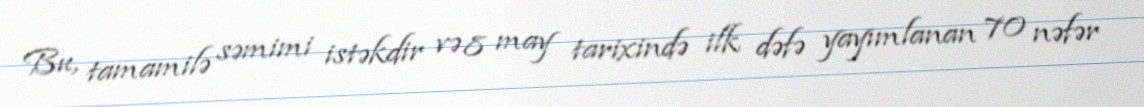
Bu, tamamilə səmimi istəkdir və 8 may tarixində ilk dəfə yayımlanan 70 nəfər